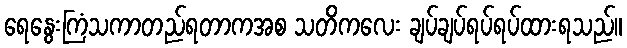
ရေနွေးကြံသကာတည်ရတာကအစ သတိကလေး ချပ်ချပ်ရပ်ရပ်ထားရသည်။